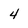
Character: 4